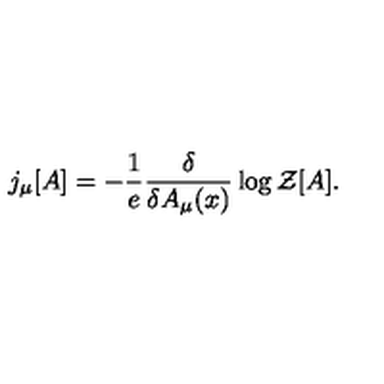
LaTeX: j _ { \mu } [ A ] = - \frac { 1 } { e } \frac { \delta } { \delta A _ { \mu } ( x ) } \log { \cal { Z } } [ A ] .